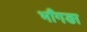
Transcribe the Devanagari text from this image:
भाँगङा